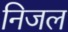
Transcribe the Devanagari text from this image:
निजल